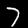
Digit: 7